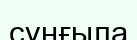
сұңғыла